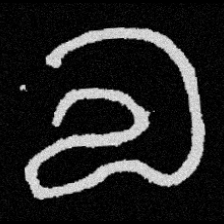
Pyu character \u2014 Myanmar letter: လ (romanized: la)